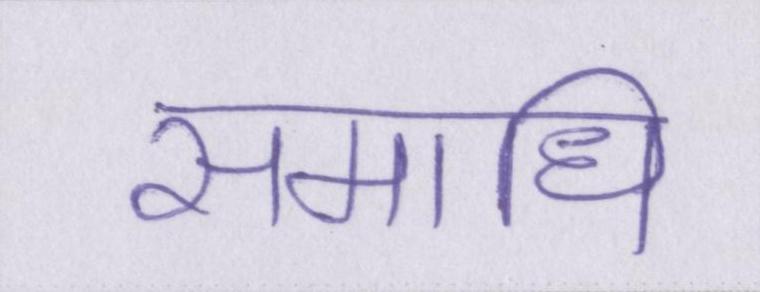
समाधि